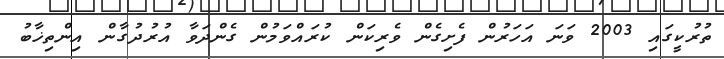
ތުރުކީގައި 2003 ވަނަ އަހަރުން ފެށިގެން ވެރިކަން ކުރައްވަމުން ގެންދަވާ އުރުދުގާން އިންތިޚާބު